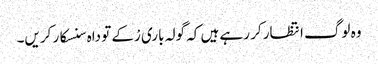
وہ لوگ انتظار کر رہے ہیں کہ گولہ باری رْکے تو داہ سنسکار کریں۔